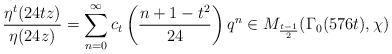
\begin{align*} \frac{\eta^{t}(24tz)}{\eta(24z)}=\sum_{n=0}^{\infty} c_t\left(\frac{n+1-t^2}{24} \right) q^{n}\in M_{\frac{t-1}{2}}(\Gamma_0(576t),\chi)\end{align*}